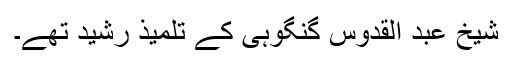
شیخ عبد القدوس گنگوہی کے تلمیذ رشید تھے۔